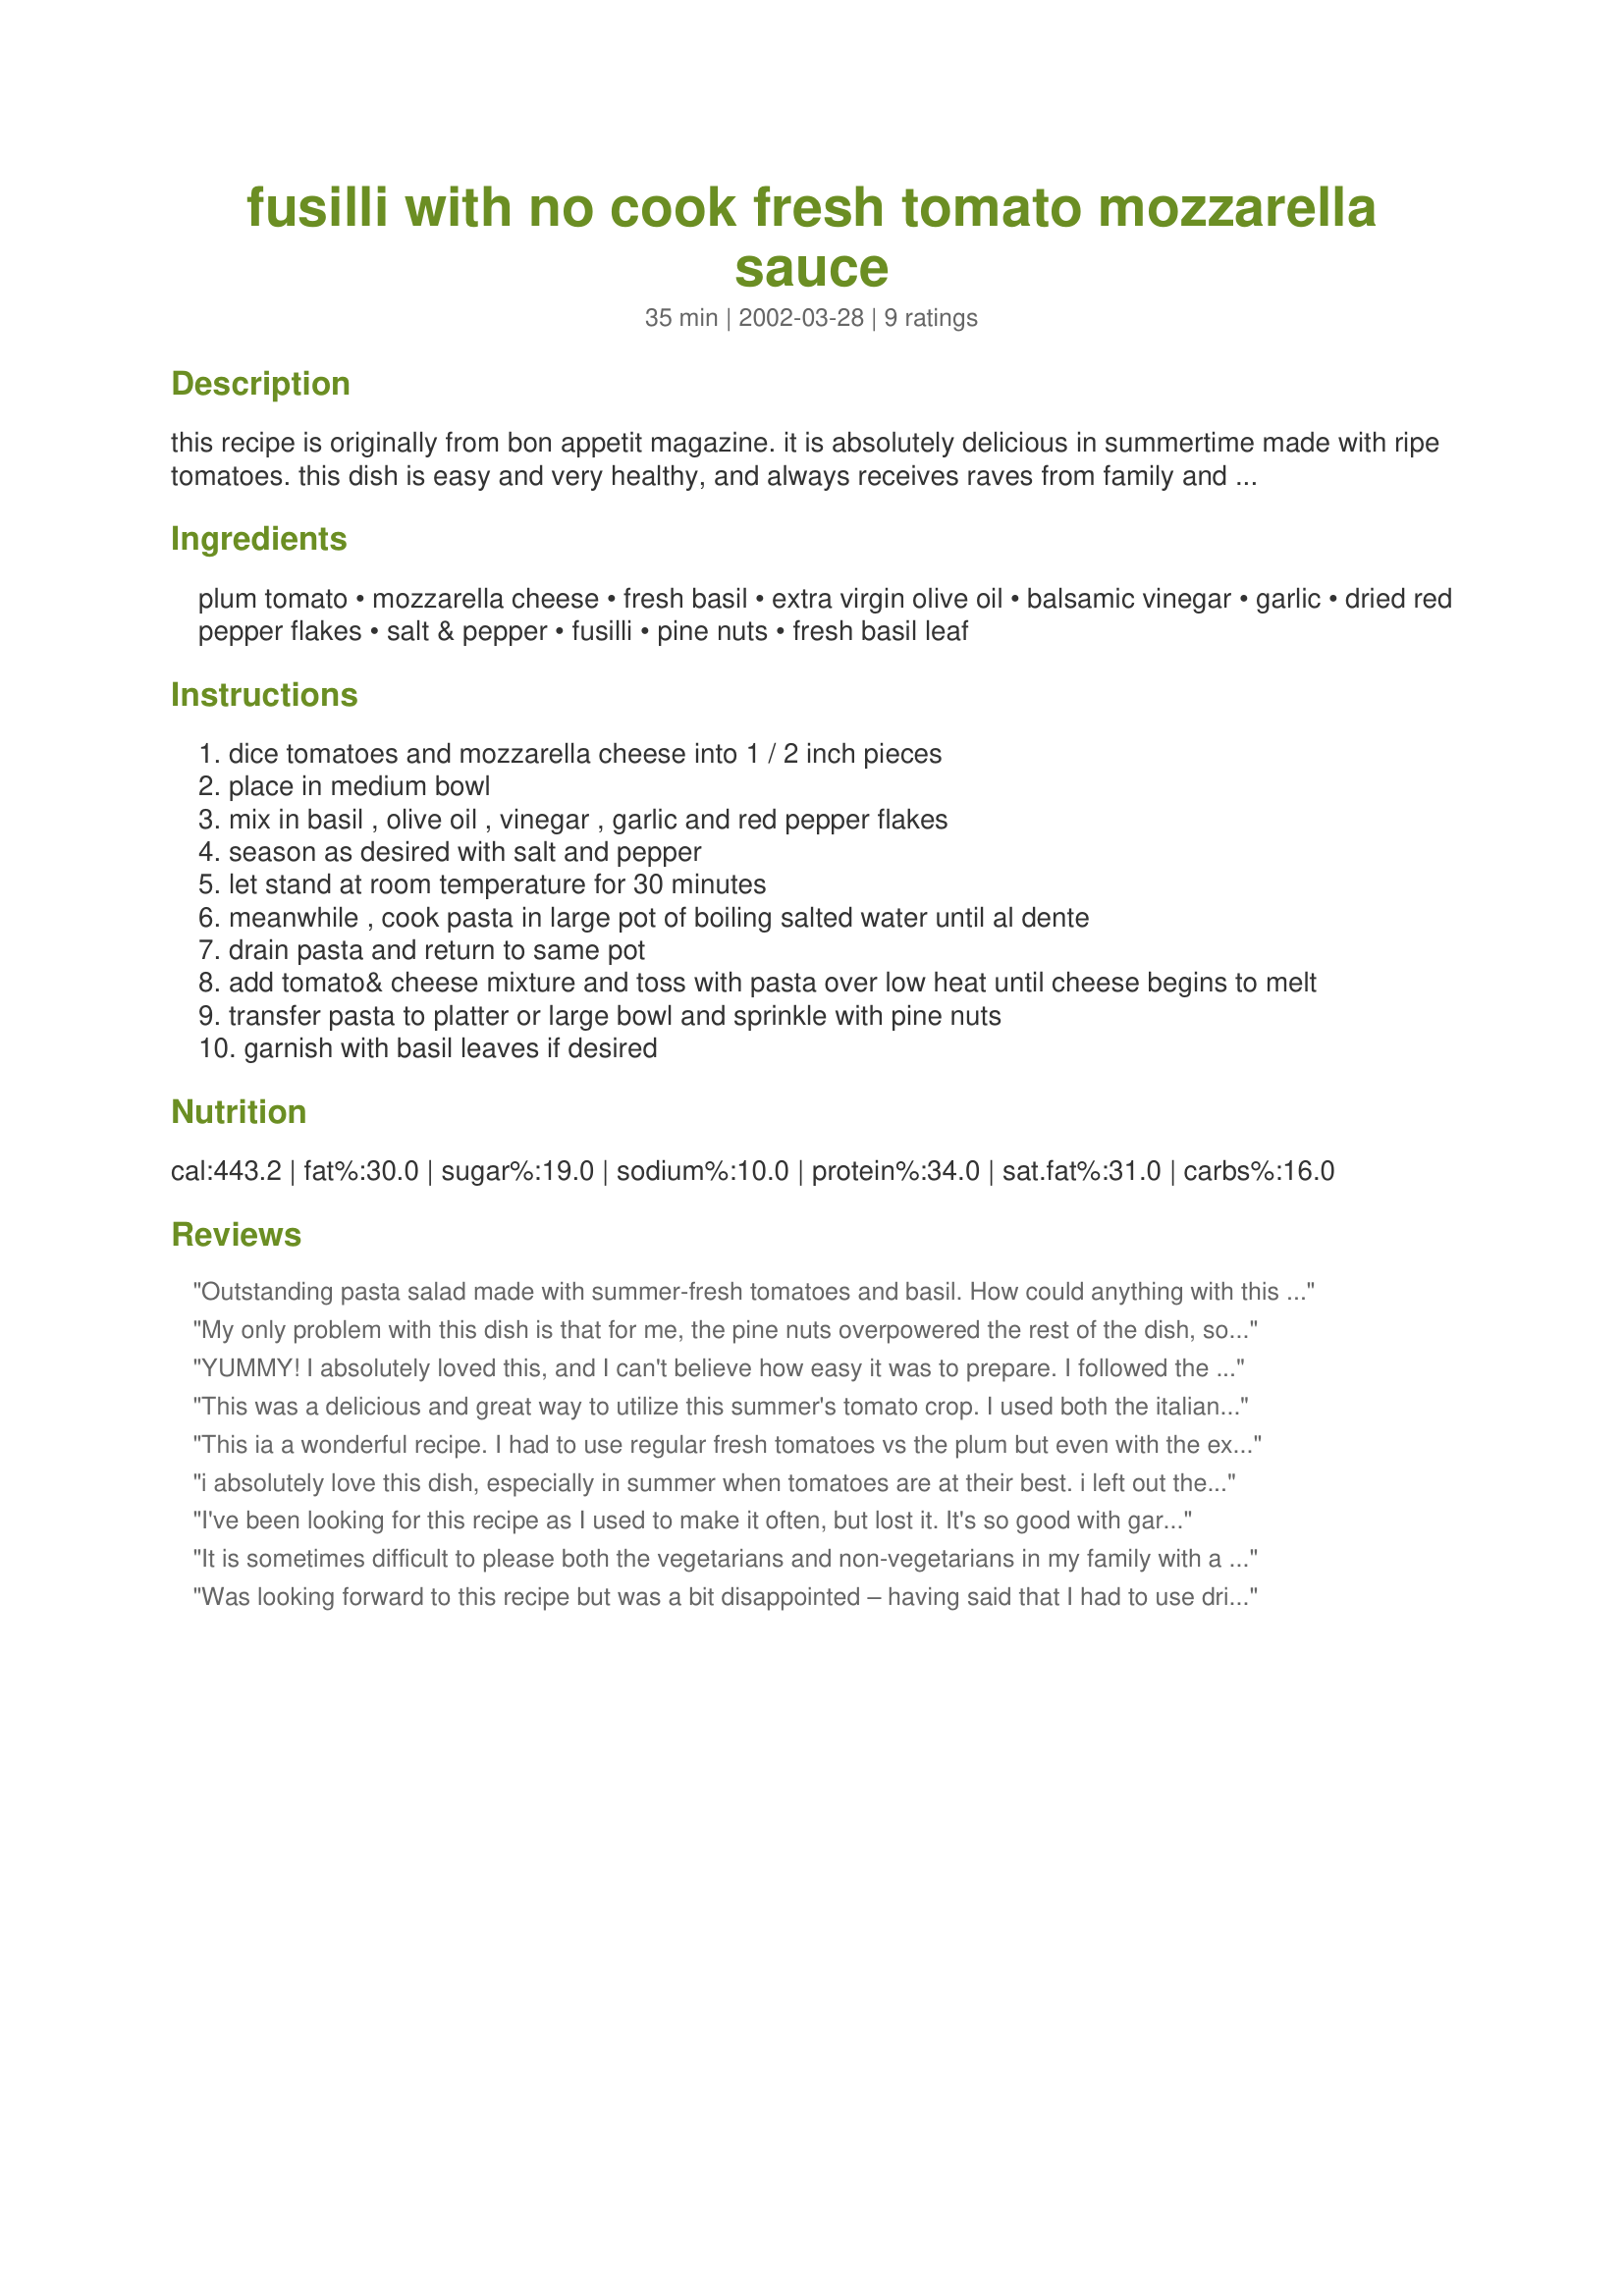
fusilli with no cook fresh tomato mozzarella sauce
Preparation time: 35 minutes

this recipe is originally from bon appetit magazine. it is absolutely delicious in summertime made with ripe tomatoes. this dish is easy and very healthy, and always receives raves from family and friends. the original recipe called for 6 tbsp. of olive oil, but i found it too oily; feel free to experiment on your own. the secret lies in allowing the flavors of the tomato sauce to marinate, so don't cut this step short. enjoy!

Ingredients:
plum tomato, mozzarella cheese, fresh basil, extra virgin olive oil, balsamic vinegar, garlic, dried red pepper flakes, salt & pepper, fusilli, pine nuts, fresh basil leaf

Steps:
dice tomatoes and mozzarella cheese into 1 / 2 inch pieces
place in medium bowl
mix in basil , olive oil , vinegar , garlic and red pepper flakes
season as desired with salt and pepper
let stand at room temperature for 30 minutes
meanwhile , cook pasta in large pot of boiling salted water until al dente
drain pasta and return to same pot
add tomato& cheese mixture and toss with pasta over low heat until cheese begins to melt
transfer pasta to platter or large bowl and sprinkle with pine nuts
garnish with basil leaves if desired

Reviews:
Outstanding pasta salad made with summer-fresh tomatoes and basil. How could anything with this much mozzarella be otherwise? Didn't and won't change a thing. These ingredients really do make a no-cook sauce and it's excellent.
My only problem with this dish is that for me, the pine nuts overpowered the rest of the dish, so next time I will use less of them. Outside of that, it was wonderful. It tasted even better the second day, and it passed one of my favorite tests for tomato based vegetarian dishes. It was great even when I ate it cold for lunch. It's also really easy to make. Try it.
YUMMY! I absolutely loved this, and I can't believe how easy it was to prepare. I followed the recipe exactly. The basil gives this so much delicious flavor, and I also love the pine nuts for the added texture. I brought a bowl to work with me for lunch today and I can't wait to eat it. I think this would also be delicious cold. I will make this often. Thanks so much for posting!
This was a delicious and great way to utilize this summer's tomato crop. I used both the italian plum and cherry tomatoes. This could work well with canned diced tomatoes off-season too. I omitted the pepper flakes and substituted chopped walnuts for the pine nuts. Next time I'll add some fresh parsley. This was great with penne. For one non-dairy serving I used unripened goat cheese with good results. Thanks for a great recipe.
This ia a wonderful recipe. I had to use regular fresh tomatoes vs the plum but even with the extra juice it was still lovely. I used fresh mozzarella (in a 1/2 inch dice) and fresh basil. This makes such a fresh taste. I cooked some large sliced sweet Italian sausage and blended with the sauce just before plating over the pasta. A lively fresh summer sauce. Thank you so much for posting!
i absolutely love this dish, especially in summer when tomatoes are at their best. i left out the pine nuts and red pepper flakes and still thought this dish had great flavor. thanks for posting!!
I've been looking for this recipe as I used to make it often, but lost it. It's so good with garden fresh tomatoes and basil. I omit both the pine nuts and the red pepper.
It is sometimes difficult to please both the vegetarians and non-vegetarians in my family with a single dish, but this one fit the bill. We all liked it very much. The flavour is reminiscent of bruschetta. I grated low fat mozarella on the large holes of a box grater so it would melt more easily, and so the flavour could penetrate better. I omitted the pine nuts, but followed the recipe as written otherwise. I know I will make this frequently over the summer.
Was looking forward to this recipe but was a bit disappointed – having said that I had to use dried basil – so may have been improved if I had used the fresh stuff.

I didn’t grate the mozzarella so didn’t melt to well – 

Would try again but grate cheese and use fresh herbs
